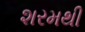
શરમથી